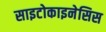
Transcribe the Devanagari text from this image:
साइटोकाइनेसिस